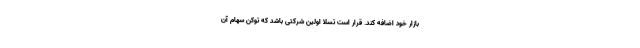
بازار خود اضافه کند. قرار است تسلا اولین شرکتی باشد که توکن سهام آن